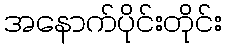
အနောက်ပိုင်းတိုင်း